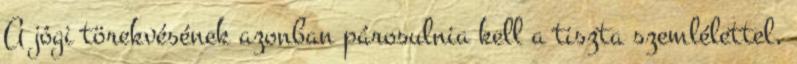
A jógi törekvésének azonban párosulnia kell a tiszta szemlélettel,